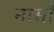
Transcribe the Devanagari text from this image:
नासौ